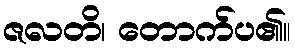
ဇလတိ၊ တောက်ပ၏။